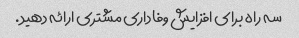
سه راه برای افزایش وفاداری مشتری ارائه دهید.